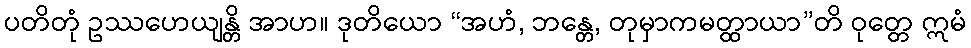
ပတိတုံ ဥဿဟေယျန္တိ အာဟ။ ဒုတိယော “အဟံ, ဘန္တေ, တုမှာကမတ္ထာယာ”တိ ဝုတ္တေ ဣမံ